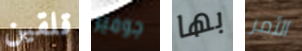
قلقين جوميز بها الأمر